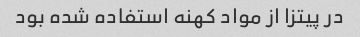
در پیتزا از مواد کهنه استفاده شده بود